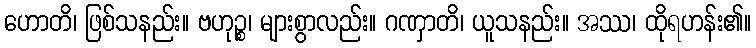
ဟောတိ၊ ဖြစ်သနည်း။ ဗဟုဉ္စ၊ များစွာလည်း။ ဂဏှာတိ၊ ယူသနည်း။ အဿ၊ ထိုရဟန်း၏။